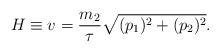
LaTeX: \begin{align*}H\equiv v=\frac{m_{2}}{\tau}\sqrt{(p_{1})^{2}+(p_{2})^{2}}.\end{align*}